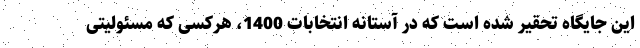
این جایگاه تحقیر شده است که در آستانه انتخابات 1400، هرکسی که مسئولیتی